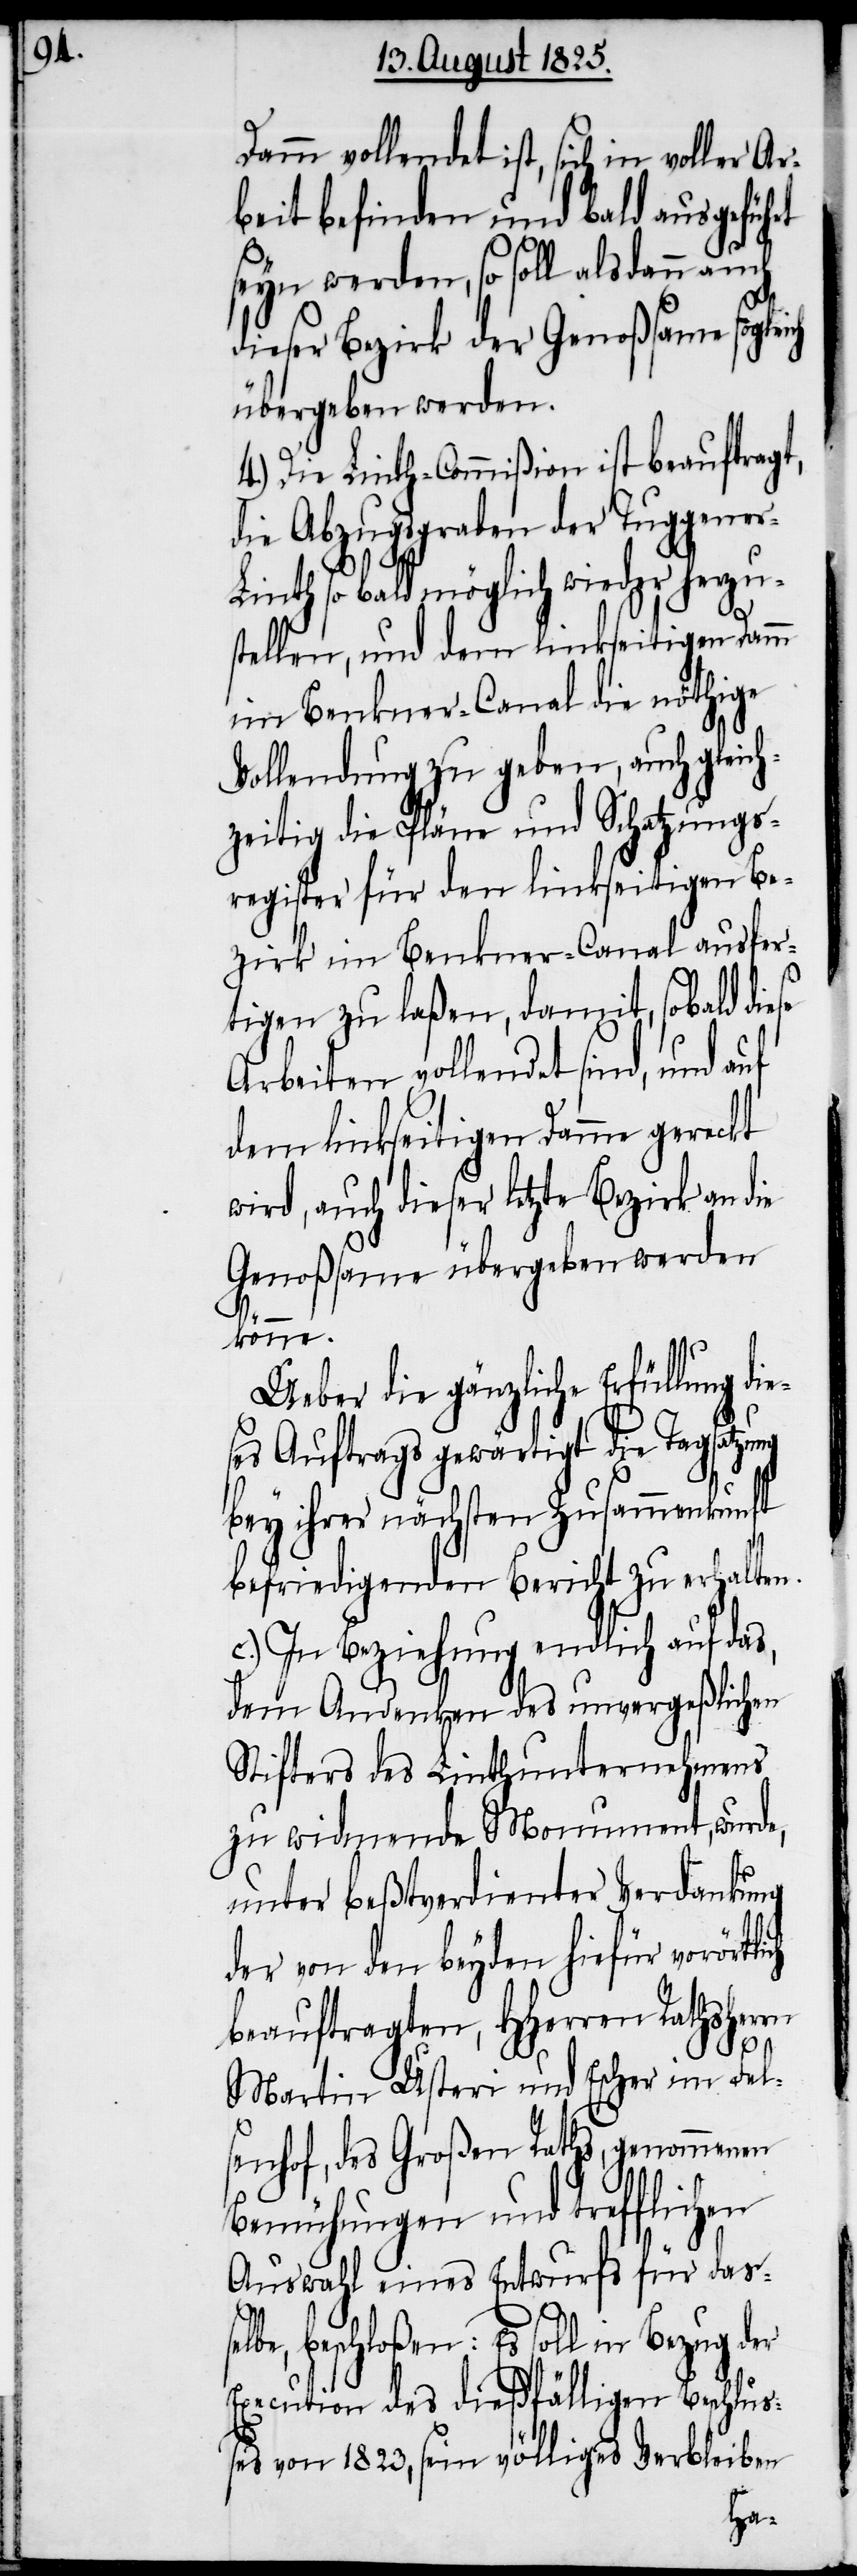
Damm vollendet ist, sich in voller Ar¬
beit befinden und bald ausgeführt
seyn werden, so soll alsdann auch
dieser Bezirk der Genoßsame soglei¬
übergeben werden.
4.) Die Linth-Commißion ist beauftragt,
die Abzugsraben der Tuggener-L¬
inth so bald möglich wieder herzus¬
tellen, und dem linkseitigen Damm
im Benkner-Canal die nöthige
Vollendung zu geben, auch gleich¬
zeitig die Pläne und Schatzungs¬
register für den linkseitigen Be¬
zirk im Benkner-Canal ausfer¬
tigen zu laßen, damit, sobald diese
Arbeiten vollendet sind, und auf
dem linkseitigen Damme gereckt
wird, auch dieser letzte Bezirk an die
Genoßsame übergeben werden
könne.
Ueber die gänzliche Erfüllung di¬
ses Auftrags gewärtigt die Tagsatzung
bey ihrer nächsten Zusammenkunft
befriedigenden Bericht zu erhalten.
c.) In Beziehung endlich auf das,
dem Andenken des unvergeßlichen
Stifters des Linthunternehmens
zu widmende Monument, wurde,
unter beßtverdienter Verdankung
der von den beyden hiefür vorörtli¬
beauftragten, Hherren Rathsherrn
se¬
Martin Usteri und Escher im Fels¬
enhof, des Großen Raths, genommenen
Bemühungen und trefflichen
Auswahl eines Entwurfs für das¬
lbe, beschloßen. Es soll in Bezug der
Execution des dießfälligen Beschlus¬
ses von 1823, sein völliges Verbleiben